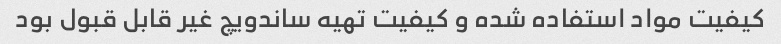
کیفیت مواد استفاده شده و کیفیت تهیه ساندویچ غیر قابل قبول بود